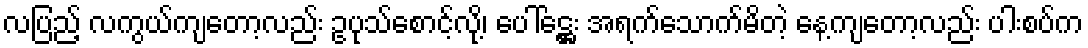
လပြည့် လကွယ်ကျတော့လည်း ဥပုသ်စောင့်လို့၊ ပေါ်ဋ္ဌေး အရက်သောက်မိတဲ့ နေ့ကျတော့လည်း ပါးစပ်က